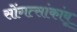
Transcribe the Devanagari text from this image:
सोंगत्सांकांबू